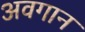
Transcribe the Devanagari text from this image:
अवगान